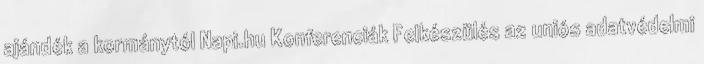
ajándék a kormánytól Napi.hu Konferenciák Felkészülés az uniós adatvédelmi